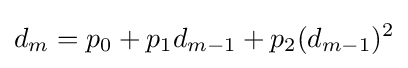
d_{m}=p_{0}+p_{1}d_{m-1}+p_{2}(d_{m-1})^{2}